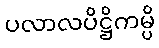
ပလာလပိဋ္ဌိကမ္ပိ